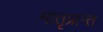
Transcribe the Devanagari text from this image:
मातृप्रान्त